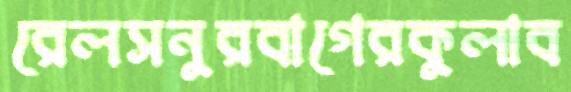
রেলসনুরবাগেরকুলাব